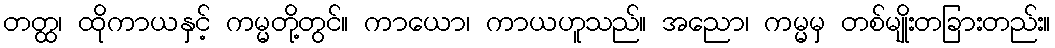
တတ္ထ၊ ထိုကာယနှင့် ကမ္မတို့တွင်။ ကာယော၊ ကာယဟူသည်။ အညော၊ ကမ္မမှ တစ်မျိုးတခြားတည်း။